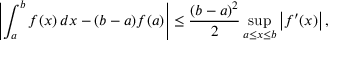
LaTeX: \left| \int _ { a } ^ { b } f ( x ) \, d x - ( b - a ) f ( a ) \right| \leq { \frac { ( b - a ) ^ { 2 } } { 2 } } \operatorname* { s u p } _ { a \leq x \leq b } \left| f ^ { \prime } ( x ) \right| ,